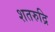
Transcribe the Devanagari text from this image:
शतरुद्रि